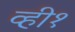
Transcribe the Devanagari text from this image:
व्ही१